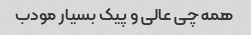
همه چی عالی و پیک بسیار مودب